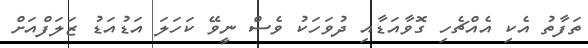
ތަފާތު އެކި އެއްޗެހި ގޮވާއަޑާއި ދުވަހަކު ވެސް ނީވޭ ކަހަލަ އަޑުއަޑު ޒަލަފްއަށް